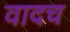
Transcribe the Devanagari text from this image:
वादच